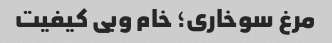
مرغ سوخاری؛ خام وبی کیفیت